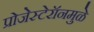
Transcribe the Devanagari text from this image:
प्रोजेस्टेरॉनमुळे